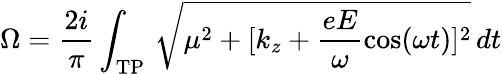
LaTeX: \Omega=\frac{2i}{\pi}\int_{\mathrm{TP}}\, \sqrt{\mu^{2}+[k_{z}+\frac{eE}{\omega}\cos(\omega t)]^{2}}\, dt